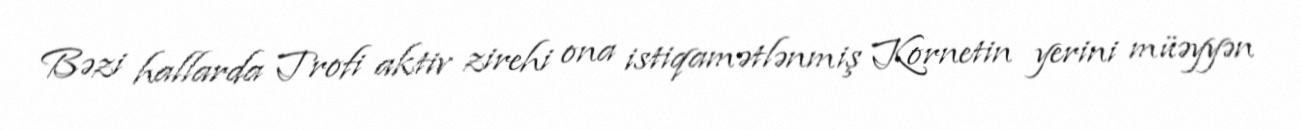
Bəzi hallarda Trofi aktiv zirehi ona istiqamətlənmiş Kornetin yerini müəyyən